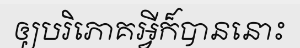
ឲ្យបរិភោគអ្វីក៏បាននោះ